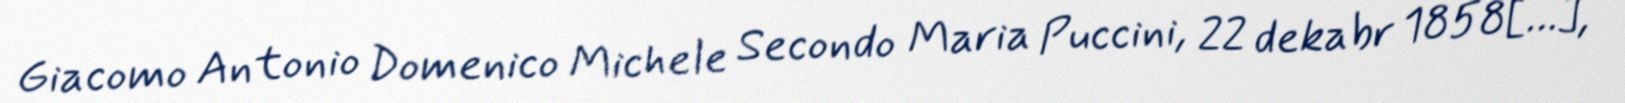
Giacomo Antonio Domenico Michele Secondo Maria Puccini, 22 dekabr 1858[…],